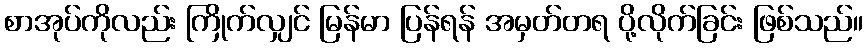
စာအုပ်ကိုလည်း ကြိုက်လျှင် မြန်မာ ပြန်ရန် အမှတ်တရ ပို့လိုက်ခြင်း ဖြစ်သည်။